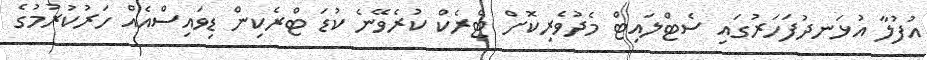
އުފުލާ އުޅަނދުފަހަރުގައި ސެޓްލައިޓް މެދުވެރިކޮށް ޓްރެކް ކުރެވޭނެ ކުޑަ ޓްރެކިން ޑިވައިސްއެއް ހަރުކުރުމުގެ